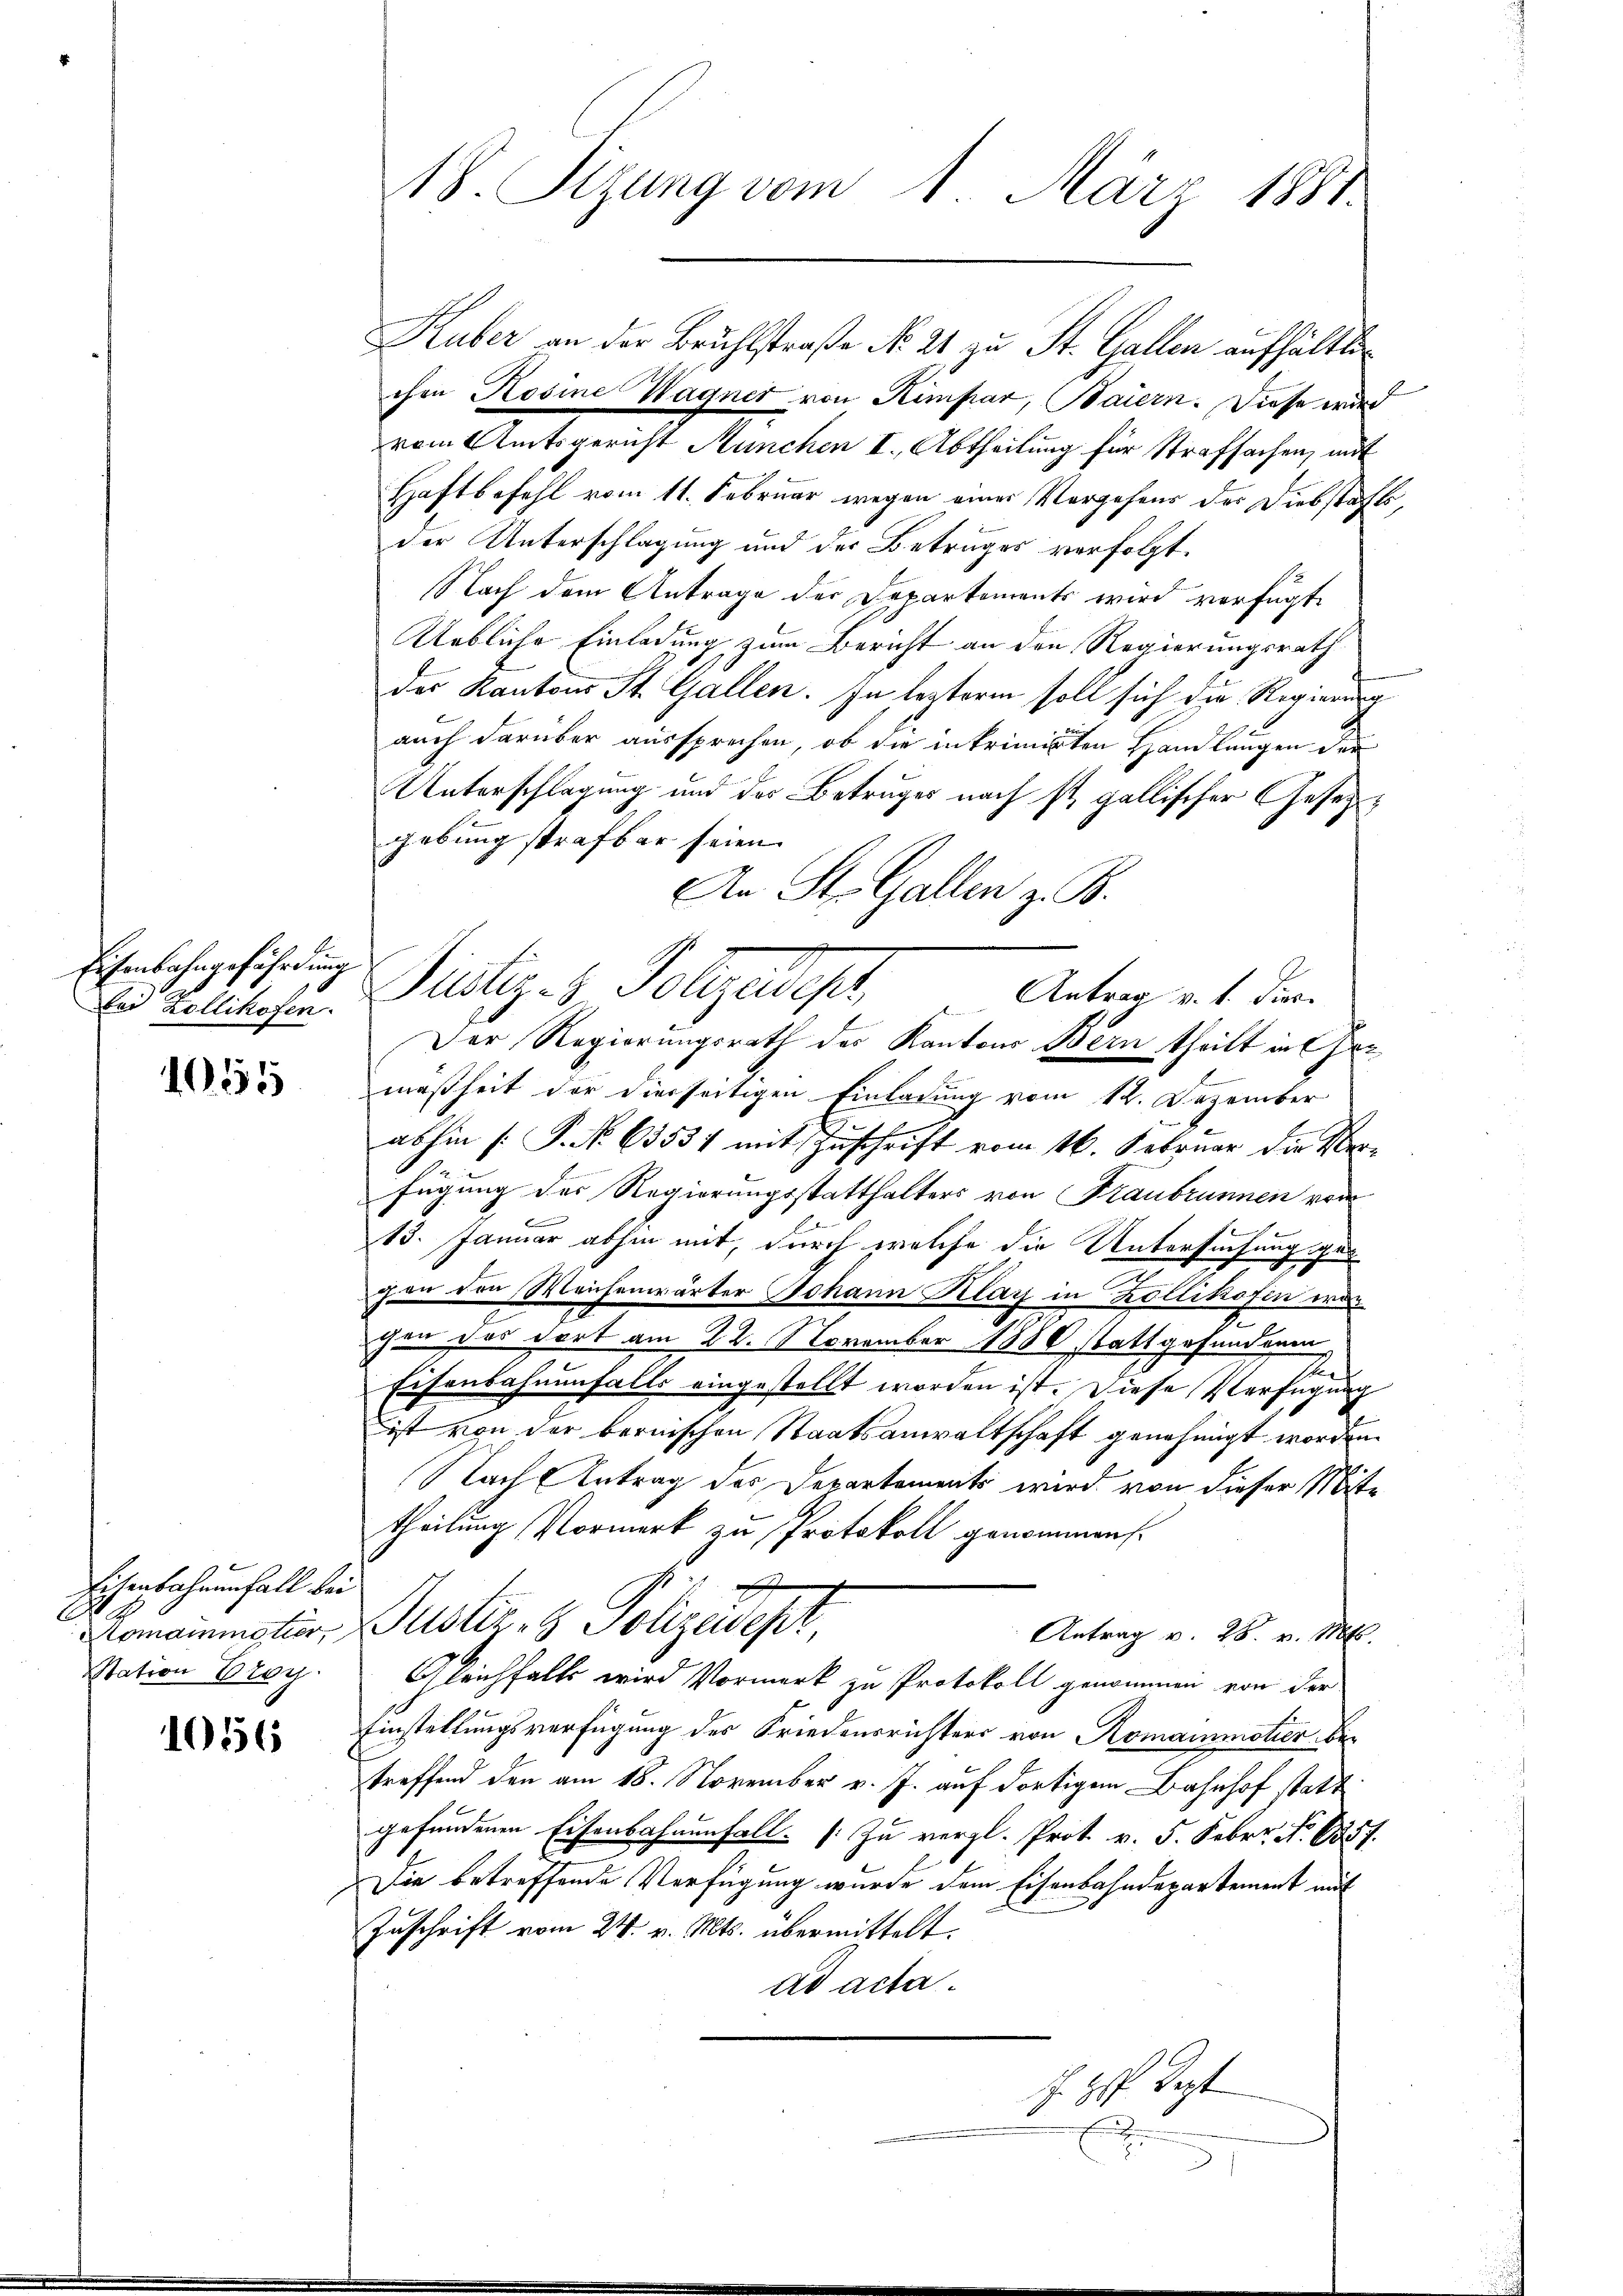
Eisenbahngefährdung
bei Zollikofen.

1055

Eisenbahnenfall bei
Station Eroy

1056

18. Sizung vom 1. März 1881.

Huber an der Beuhlstraße No. 21 zu St. Gallen aufhältli
chen Rosine Wagner von Kempar, Baiern. Diese wird
vom Amtsgericht München I. Abtheilung für strafsachen, mit
Haftbefehl vom 11. Februar wegen eines Vorgehens der Diebstahls,
der Unterschlagung und der Betruges verfolgt.
Nach dem Antrage der Departements wird verfügt
Uebliche Einladung zum Bericht an den Regierungsrath
des Kantons St. Gallen. In leztere soll sich die Regierung
auch darüber aussprechen, ob die intrimirten Handlungen der
Unterschlagung und des Betruges nach ist gallischer Gesetzgebung strafbar seien.
An St. Gallen z. B.
Pualtiges Polizeidept,
mäßheit der dierseitigen Einladung vom 12. Dezember
abhin [P. No 63551 mit Zuschrift vom 16. Februar die Verfügung des Regierungsstatthalters von Traubrunnen vor
13. Januar abhin mit, durch welche die Untersuchung gegan den Weichenwärter Johann Klay in Zollikofen war
chen das dort am 22. November 1880 stattgefundenen
E
Eisenbahnenfalls eingestellt worden ist. Diese Verfügung
ist von der bernischen Staatsanwaltschaft genehmigt worden.
Nach Antrag des Departements wird von dieser Mite
theilung Vormerk zu Protokoll genommen.
Komanister, Justiz & Polizeidept,
Antrag v. 28. v. Mts.
Gleichfalls wird Vormerk zu Protokoll genommen von der
Einstellungsverfügung des Friedensrichters von Romainmotier, be-
treffend den am 18. November v. J. auf dortigen Bahnhof statt
gefundenen Eisenbahnenfall. Zu vergl. Prot v. 5. Febr. No. 635 f.
Die betreffende Verfügung wurde dem Eisenbahndepartement mit
Zuschrift vom 24. v. Mts. übermittelt.
ad acta.
J. H. Sept
u
57

Antrag v. 1. Dier.
s
Der Regierungsrath des Kantons Bern theilt in Ge¬